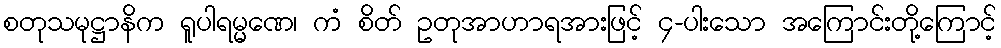
စတုသမုဋ္ဌာနိက ရူပါရမ္မဏေ၊ ကံ စိတ် ဥတုအာဟာရအားဖြင့် ၄-ပါးသော အကြောင်းတို့ကြောင့်